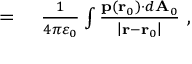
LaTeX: \begin{array} { r l } { = { } } & { { } { \frac { 1 } { 4 \pi \varepsilon _ { 0 } } } \int { \frac { \mathbf { p } \left( \mathbf { r } _ { 0 } \right) \cdot d \mathbf { A } _ { 0 } } { \left| \mathbf { r } - \mathbf { r } _ { 0 } \right| } } \ , } \end{array}